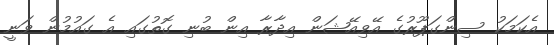
އެކަމަކު ސިންގަޕޫރުގެ އޭވިއޭޝަން އިދާރާ އިން ބުނި ގޮތުގައި އެ ގައުމުން ވަނީ